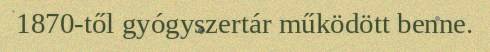
1870-től gyógyszertár működött benne.